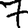
Digit: 7